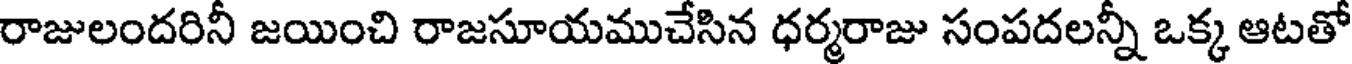
రాజులందరినీ జయించి రాజసూయముచేసిన ధర్మరాజు సంపదలన్నీ ఒక్క ఆటతో